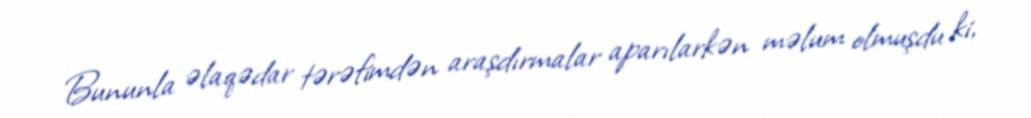
Bununla əlaqədar tərəfimdən araşdırmalar aparılarkən məlum olmuşdu ki,